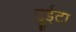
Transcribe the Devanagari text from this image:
ट्रूईटा